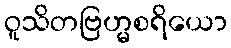
ဝူသိတဗြဟ္မစရိယော